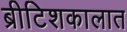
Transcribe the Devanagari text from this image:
ब्रीटिशकालात